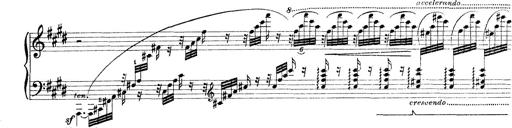
Title: Rapsodie: 19 ungheresi, 1 spagnuola
Composer: Franz Liszt